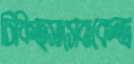
চিকিত্সাসেবাকেন্দ্র